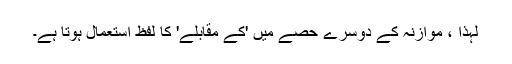
لہذا ، موازنہ کے دوسرے حصے میں 'کے مقابلے' کا لفظ استعمال ہوتا ہے۔